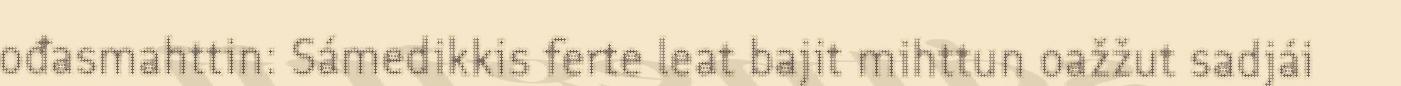
ođasmahttin: Sámedikkis ferte leat bajit mihttun oažžut sadjái